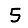
Digit: 5